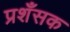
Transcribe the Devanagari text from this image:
प्रशँसक